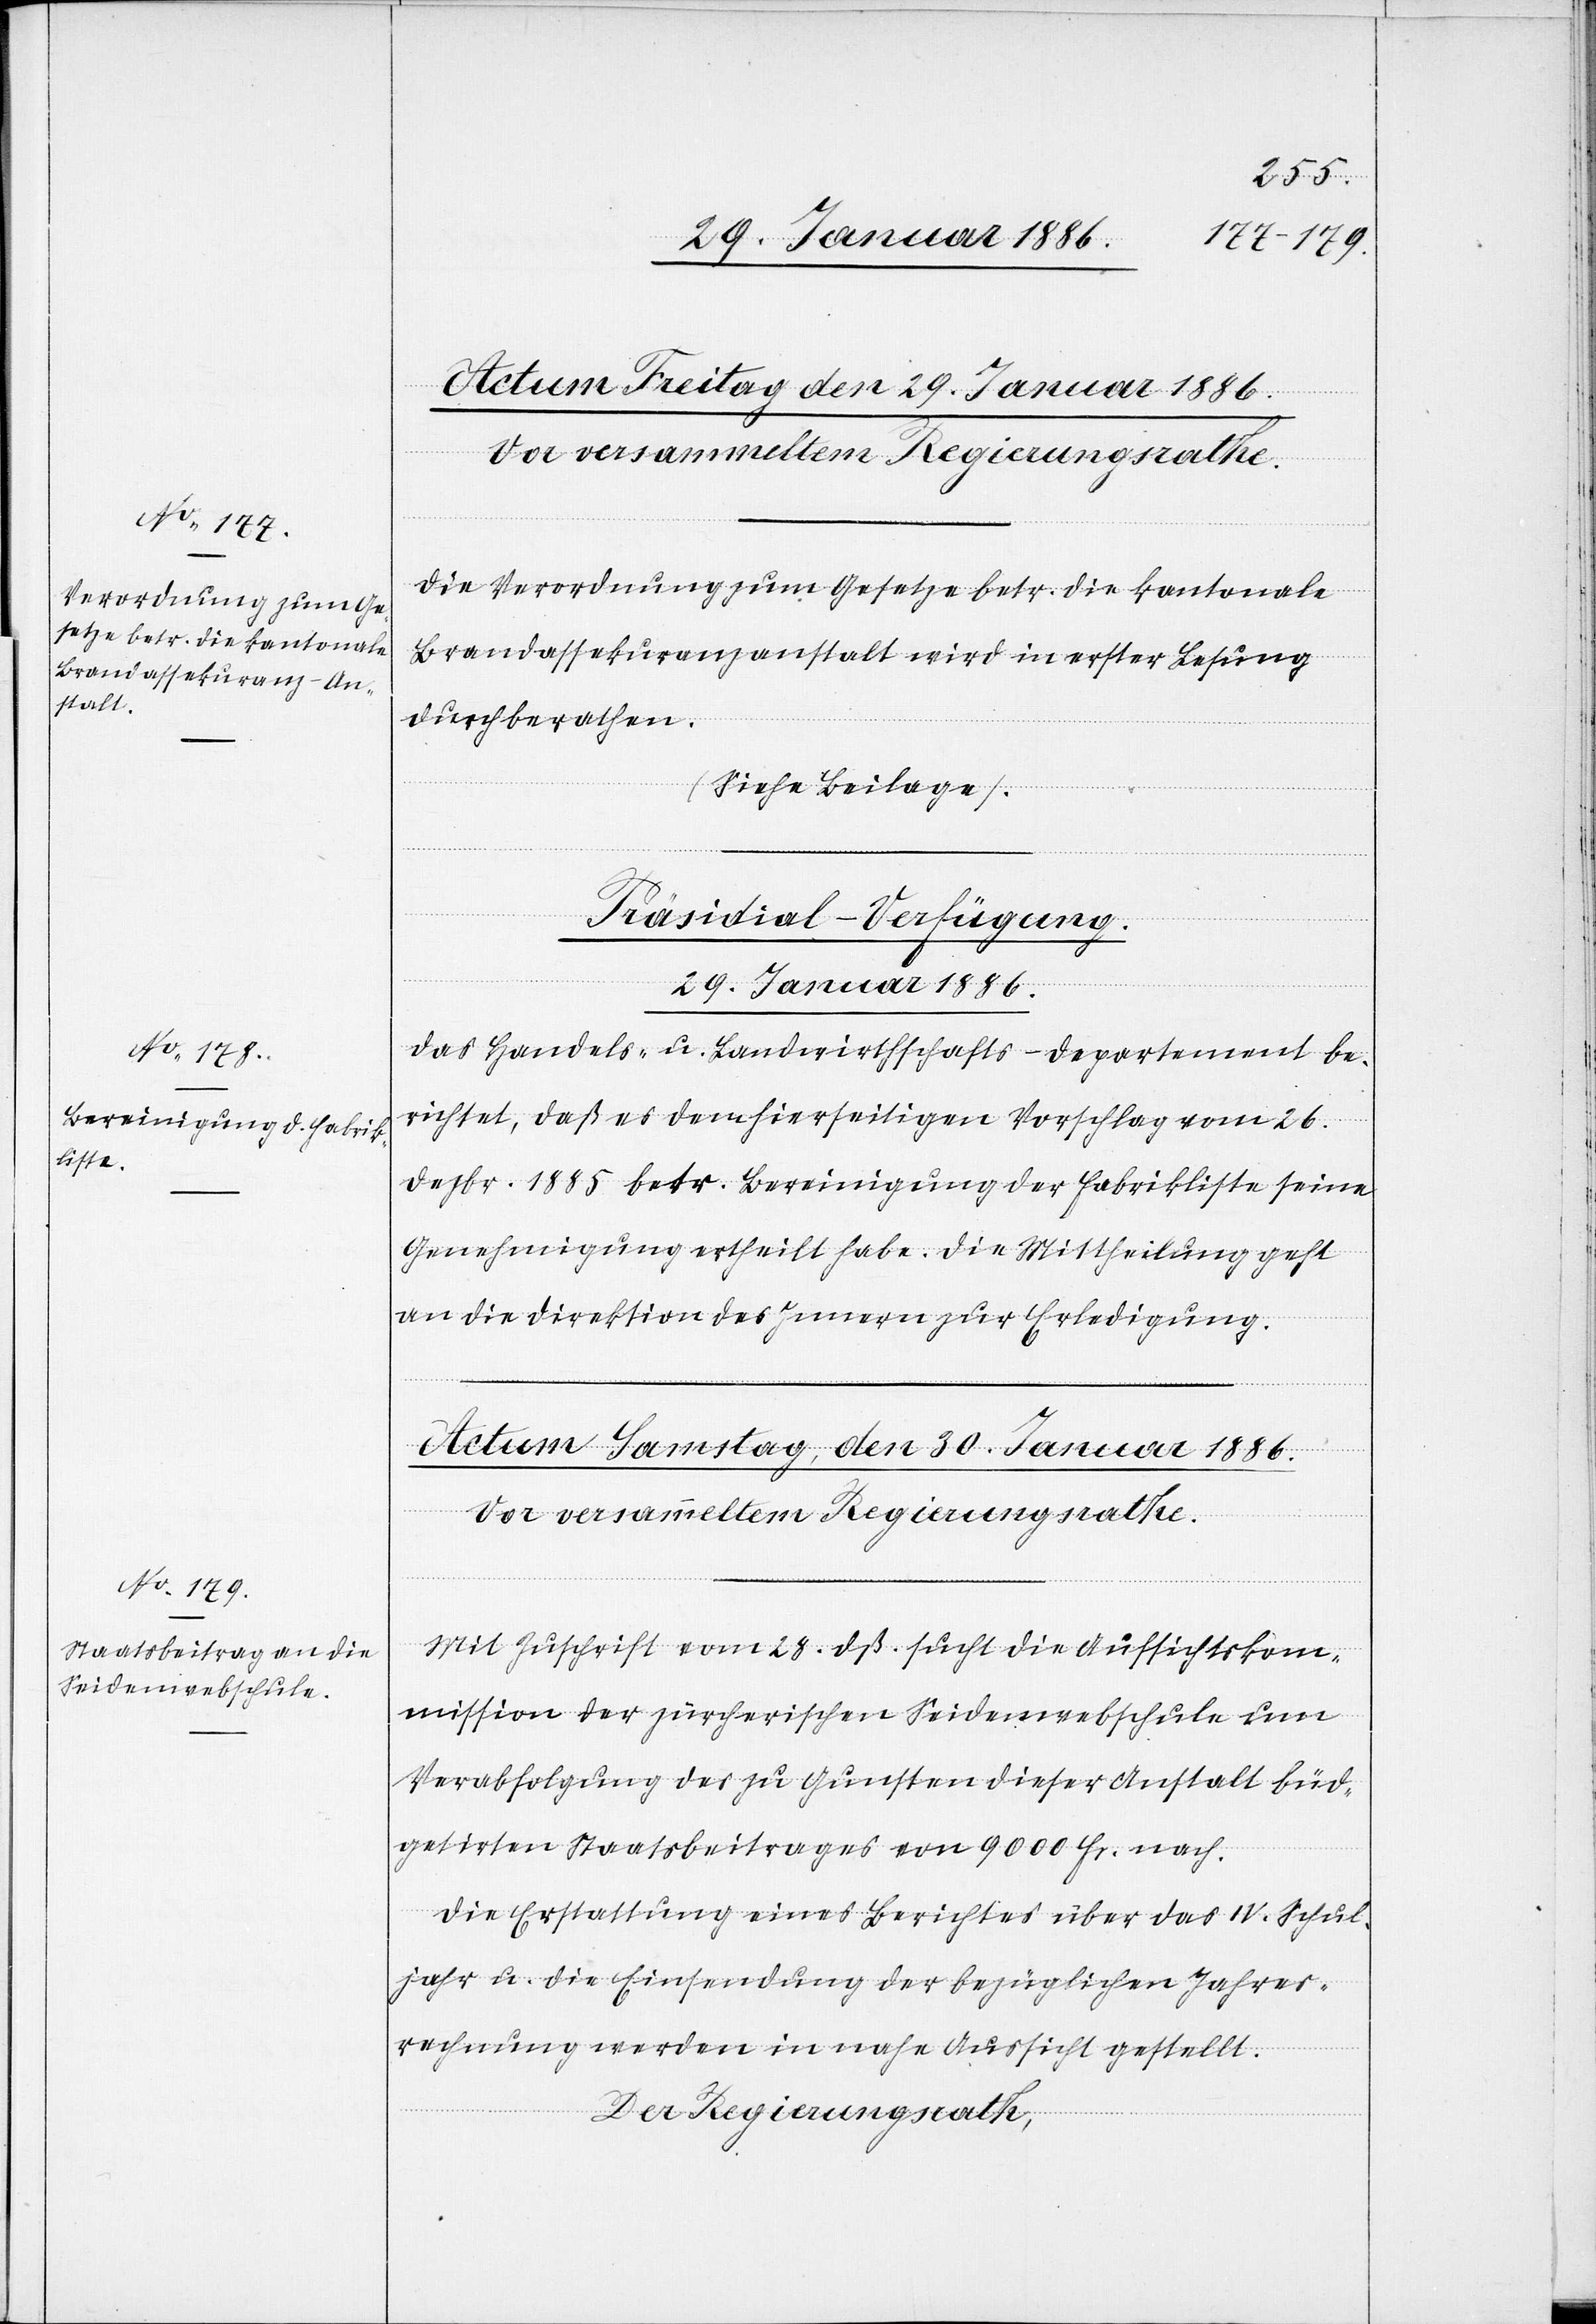
Die Verordnung zum Gesetze betr. die kantonale
Brandassekuranzanstalt wird in erster Lesung
durchberathen.
(Siehe Beilage).
Präsidial-Verfügung.
29. Januar 1886.
Das Handels- u. Landwirthschafts-Departement be¬
richtet, daß es dem hierseitigen Vorschlag vom 26.
Dezbr. 1885 betr. Bereinigung der Fabriklisten seine
Genehmigung ertheilt habe. Die Mittheilung geht
an die Direktion des Innern zur Erledigung.
Mit Zuschrift vom 28. dß. sucht die Aufsichtskom¬
mission der zürcherischen Seidenwebschule um
Verabfolgung des zu Gunsten dieser Anstalt büd¬
getirten Staatsbeitrages von 9000 Fr. nach.
Die Erstattung eines Berichtes über das IV. Schul¬
jahr u. die Einsendung der bezüglichen Jahres¬
rechnung werden in nahe Aussicht gestellt.
Der Regierungsrath